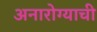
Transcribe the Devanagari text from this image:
अनारोग्याची